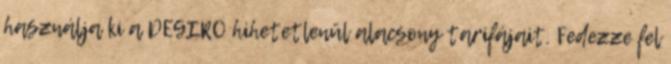
használja ki a DEGIRO hihetetlenül alacsony tarifájait. Fedezze fel